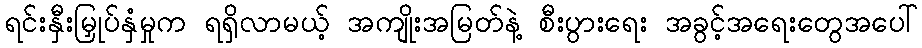
ရင်းနှီးမြှုပ်နှံမှုက ရရှိလာမယ့် အကျိုးအမြတ်နဲ့ စီးပွားရေး အခွင့်အရေးတွေအပေါ်